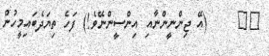
٤٩     (އޭ ޖިންނީންނާއި އިންސީންނޭވެ!) ފަހެ ތިޔަދެބައިމީހުން